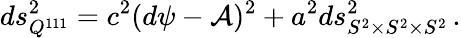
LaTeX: ds_{Q^{111}}^{2}=c^{2}(d\psi-{\cal A})^{2}+a^{2}ds_{S^{2}\times S^{2}\times S^{2}}^{2}\, .